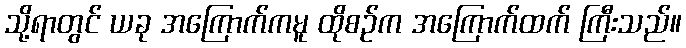
သို့ရာတွင် ယခု အကြောက်ကမူ ထိုစဉ်က အကြောက်ထက် ကြီးသည်။